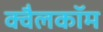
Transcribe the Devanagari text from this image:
क्वैलकॉम